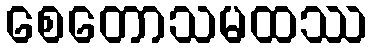
စေတောသမထဿ